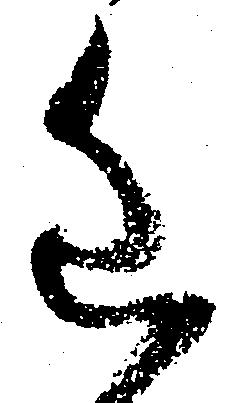
進